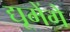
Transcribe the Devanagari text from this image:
द्यूमेंगे